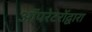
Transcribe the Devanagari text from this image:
ऑपरेटरोंद्वारा